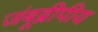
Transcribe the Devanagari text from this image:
जंबूद्वीपीय